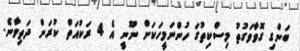
ބަންގި ގޮވާވަގުތު މިސްކިތުގަ ހުންނަމީހަކަށް ނޫނީ އެ 4 ރަކުއަތް ކުރަން ދަތިވާނެ.